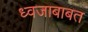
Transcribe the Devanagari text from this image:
ध्वजाबाबत